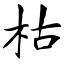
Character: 枯